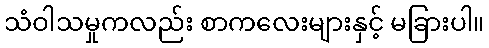
သံဝါသမှုကလည်း စာကလေးများနှင့် မခြားပါ။